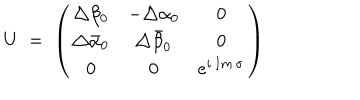
U \; = \; \left( \begin{array} { c c c } { { \triangle \beta _ { 0 } } } & { { - \triangle \alpha _ { 0 } } } & { { 0 } } \\ { { \triangle \bar { \alpha } _ { 0 } } } & { { \triangle \bar { \beta } _ { 0 } } } & { { 0 } } \\ { { 0 } } & { { 0 } } & { { e ^ { i \, I m \, \sigma } } } \\ \end{array} \right)